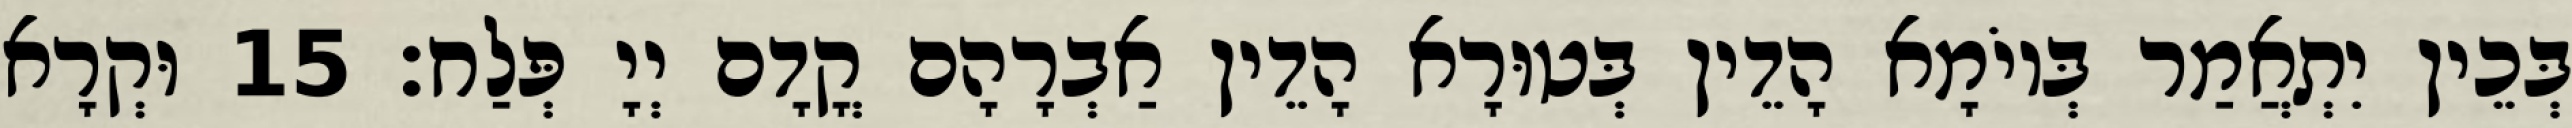
בְּכֵין יִתְאֲמַר בְּיוֹמָא הָדֵין בְּטוּרָא הָדֵין אַבְרָהָם קֳדָם יְיָ פְּלַח׃ 15 וּקְרָא